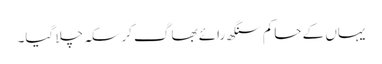
یہاں کے حاکم سنگھ رائے بھاگ کر سکہ چلا گیا۔